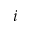
i